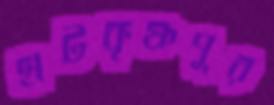
হাটকৃষ্ণপুর